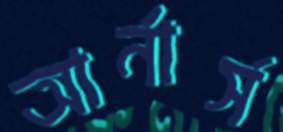
আর্নার্স